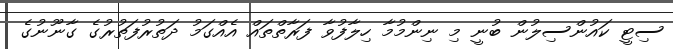
ސިޓީ ކައުންސިލުން ބުނީ މި ނިންމުމާ ހިލާފުވާ ފަރާތްތައް އެއްގަމު ދަތުރުފަތުރުގެ ގާނޫނުގެ